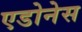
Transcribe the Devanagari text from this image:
एडोनेस